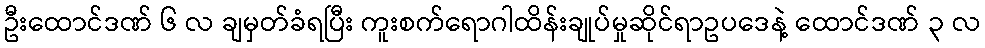
ဦးထောင်ဒဏ် ၆ လ ချမှတ်ခံရပြီး ကူးစက်ရောဂါထိန်းချုပ်မှုဆိုင်ရာဥပဒေနဲ့ ထောင်ဒဏ် ၃ လ